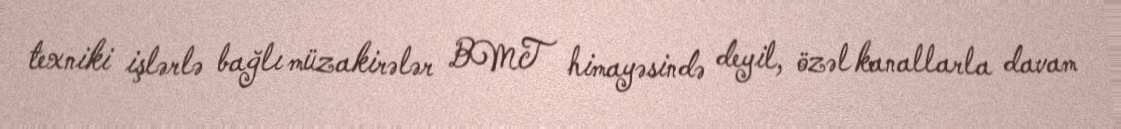
texniki işlərlə bağlı müzakirələr BMT himayəsində deyil, özəl kanallarla davam